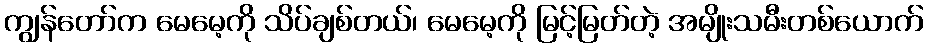
ကျွန်တော်က မေမေ့ကို သိပ်ချစ်တယ်၊ မေမေ့ကို မြင့်မြတ်တဲ့ အမျိုးသမီးတစ်ယောက်